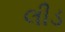
લીડ